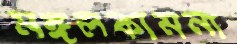
মঙ্গলকামনা